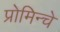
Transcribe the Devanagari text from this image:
प्रोमिन्चे